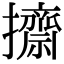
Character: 𢹓